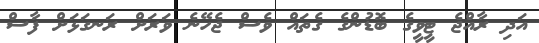
އަދި ރާއްޖެ ޓީވީގެ ބޮޑުންގެ ގެތައް ވެސް ޖެހޭނެ ވަރަށް ރަނގަޅަށް ފާސް